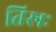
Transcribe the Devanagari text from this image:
तिस्रः